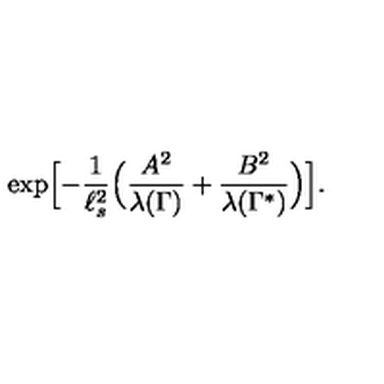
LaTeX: \exp \Bigl [ - { \frac { 1 } { \ell _ { s } ^ { 2 } } } \Bigl ( { \frac { A ^ { 2 } } { \lambda ( \Gamma ) } } + { \frac { B ^ { 2 } } { \lambda ( \Gamma ^ { * } ) } } \Bigr ) \Bigr ] .